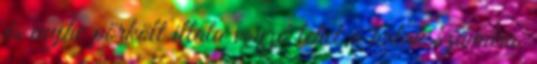
és enyhe pörkölt illata vonzó lehet a halak számára.